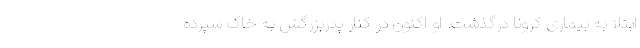
ابتلا به بیماری کرونا درگذشت. او اکنون در کنار پدربزرگش به خاک سپرده